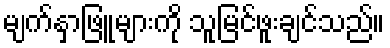
မျက်နှာဖြူများကို သူမြင်ဖူးချင်သည်။